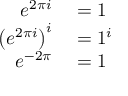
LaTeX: \begin{array} { r l } { e ^ { 2 \pi i } } & { { } = 1 } \\ { \left( e ^ { 2 \pi i } \right) ^ { i } } & { { } = 1 ^ { i } } \\ { e ^ { - 2 \pi } } & { { } = 1 } \end{array}